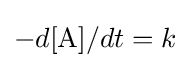
-{d[{\ce {A}}]}/{dt}=k